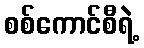
စစ်ကောင်စီရဲ့